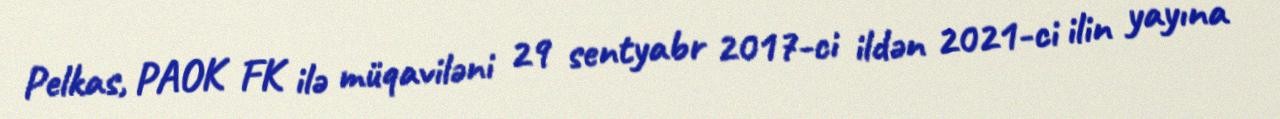
Pelkas, PAOK FK ilə müqaviləni 29 sentyabr 2017-ci ildən 2021-ci ilin yayına